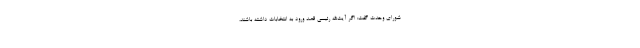
شورای وحدت گفت: اگر آیت‌الله رئیسی قصد ورود به انتخابات داشته باشند،